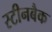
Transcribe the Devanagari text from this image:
स्टीनबैक